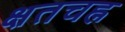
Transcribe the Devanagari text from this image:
क्षतचह्न